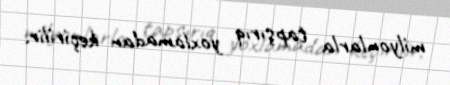
milyonlarla tapşırıq yoxlamadan keçirilir.